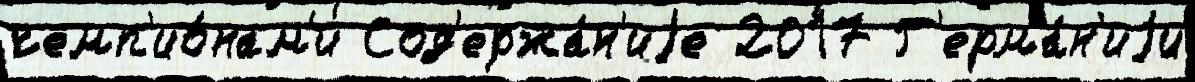
чемп'ио́нам'и Сод'ержа́н'иjе 2017 Г'ерма́н'иjи